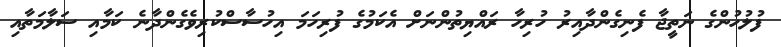
ފުލުހުންގެ ނަތީޖާ ފެނިގެންދާއިރު ހުރިހާ ރައްޔިތުންނަށް އެކަމުގެ ފުރިހަމަ އިހުސާސްކުރިވެގެންދާނެ ކަމާއި ސަލާމަތާއި